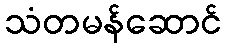
သံတမန်ဆောင်